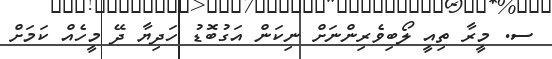
ސ. މީރާ ތިއީ ލޯބިވެރިންނަށް ނިކަން އަގުބޮޑު ހަދިޔާ ދޭ މީހެއް ކަމަށް